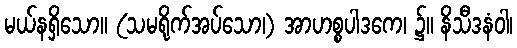
မယ်နရှိသော။ (သမရိုက်အပ်သော၊) အာဟစ္စပါဒကေ၊ ၌။ နိသီဒနံဝါ၊